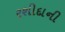
રશીદાની